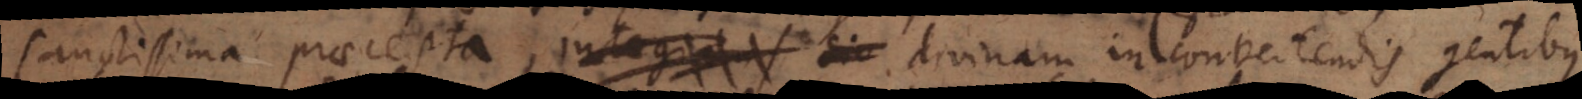
sanctissima praecepta, integrans sic divinam in convertendis barbaris